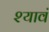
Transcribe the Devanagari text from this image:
श्यावं